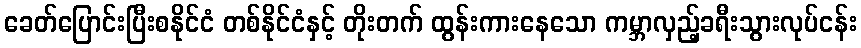
ခေတ်ပြောင်းပြီးစနိုင်ငံ တစ်နိုင်ငံနှင့် တိုးတက် ထွန်းကားနေသော ကမ္ဘာလှည့်ခရီးသွားလုပ်ငန်း